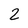
Character: 2